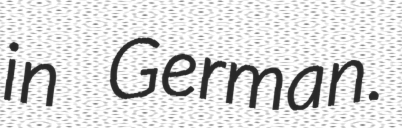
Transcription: in German.